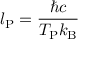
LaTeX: l _ { \mathrm { P } } = { \frac { \hbar c } { T _ { \mathrm { P } } k _ { \mathrm { B } } } }